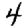
Digit: 4